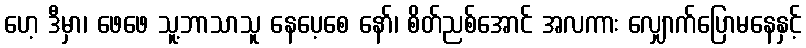
ဟေ့ ဒီမှာ၊ ဖေဖေ သူ့ဘာသာသူ နေပေ့စေ နော်၊ စိတ်ညစ်အောင် အလကား လျှောက်ပြောမနေနှင့်